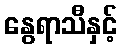
နွေရာသီနှင့်